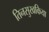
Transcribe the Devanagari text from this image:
तिनसुखकिया